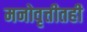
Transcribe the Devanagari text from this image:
मनोवृत्तीतही